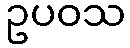
ဥပဝသ